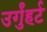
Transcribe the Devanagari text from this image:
उर्गुंहर्ट